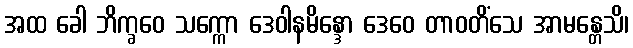
အထ ခေါ ဘိက္ခဝေ သက္ကော ဒေဝါနမိန္ဒော ဒေဝေ တာဝတိံသေ အာမန္တေသိ၊